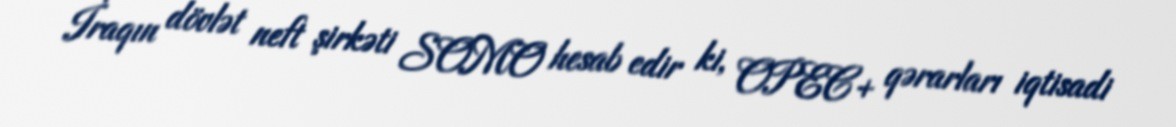
İraqın dövlət neft şirkəti SOMO hesab edir ki, OPEC+ qərarları iqtisadi